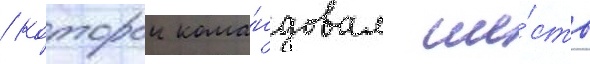
/ которои кома́ндовал ше́сть